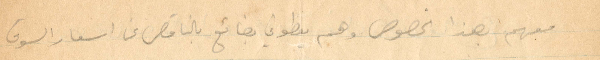
معهم بهذا الخصوص وهم يعطوني بضائع بالناقص عن أسعار السوق